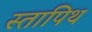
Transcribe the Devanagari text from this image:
स्तापिथ